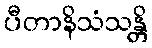
ပီတာနိသံသန္တိ